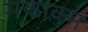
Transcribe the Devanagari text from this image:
मकाक्स